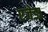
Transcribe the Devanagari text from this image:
एजेडा